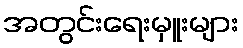
အတွင်းရေးမှူးများ